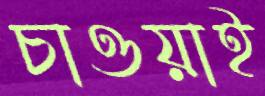
চাওয়াই